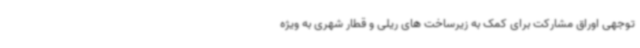
توجهی اوراق مشارکت برای کمک به زیرساخت های ریلی و قطار شهری به ویژه